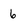
Character: 6